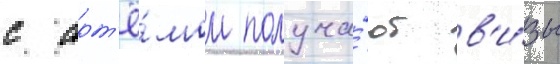
с арт'ё́мом получа́ют в'и́зы